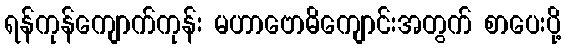
ရန်ကုန်ကျောက်ကုန်း မဟာဗောဓိကျောင်းအတွက် စာပေးပို့